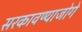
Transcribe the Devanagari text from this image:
सरकावण्याजोगे